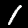
Digit: 1